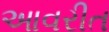
આવરીત